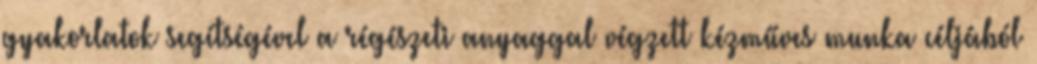
gyakorlatok segítségével a régészeti anyaggal végzett kézműves munka céljából